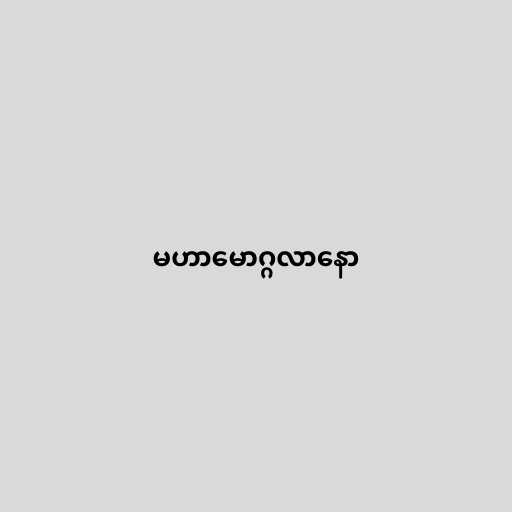
မဟာမောဂ္ဂလာနော